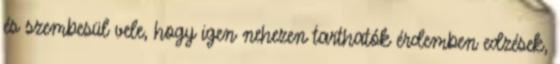
és szembesül vele, hogy igen nehezen tarthatók érdemben edzések,